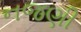
નજણી